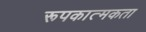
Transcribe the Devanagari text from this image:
रूपकात्मकता